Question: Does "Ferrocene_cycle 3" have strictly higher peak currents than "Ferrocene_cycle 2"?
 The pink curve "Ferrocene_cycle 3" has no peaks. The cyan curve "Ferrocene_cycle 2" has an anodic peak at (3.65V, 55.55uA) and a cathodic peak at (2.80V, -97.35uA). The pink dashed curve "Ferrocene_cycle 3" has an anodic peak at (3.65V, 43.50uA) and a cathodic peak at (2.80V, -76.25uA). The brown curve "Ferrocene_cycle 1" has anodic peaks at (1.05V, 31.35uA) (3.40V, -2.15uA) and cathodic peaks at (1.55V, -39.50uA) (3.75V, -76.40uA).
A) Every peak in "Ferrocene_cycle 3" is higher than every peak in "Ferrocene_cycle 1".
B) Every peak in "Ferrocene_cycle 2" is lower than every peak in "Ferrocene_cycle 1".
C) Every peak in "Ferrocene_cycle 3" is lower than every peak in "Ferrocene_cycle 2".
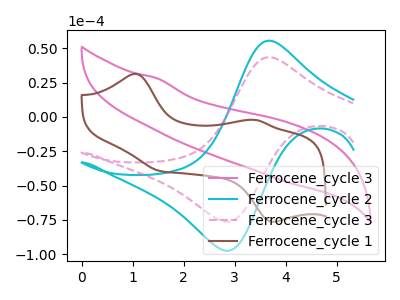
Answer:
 <answer>C) Every peak in "Ferrocene_cycle 3" is lower than every peak in "Ferrocene_cycle 2".</answer>
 <eval>C</eval>